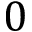
0